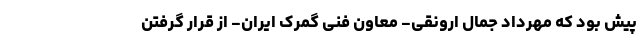
پیش بود که مهرداد جمال ارونقی- معاون فنی گمرک ایران- از قرار گرفتن